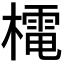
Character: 𭬋